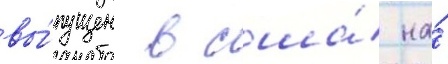
вы́пущен в сша́ на́